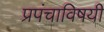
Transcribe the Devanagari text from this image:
प्रपंचाविषयी